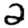
Digit: 2